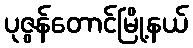
ပုဇွန်တောင်မြို့နယ်